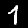
Label: 1